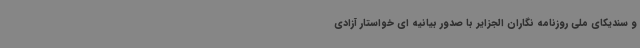
و سندیکای ملی روزنامه نگاران الجزایر با صدور بیانیه ای خواستار آزادی